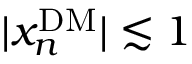
| x _ { n } ^ { \mathrm { D M } } | \lesssim 1